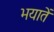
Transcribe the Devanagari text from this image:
भयातें